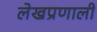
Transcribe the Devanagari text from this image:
लेखप्रणाली